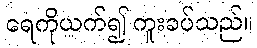
ရေကိုယက်၍ ကူးခပ်သည်။